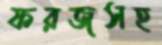
ফরজসহ